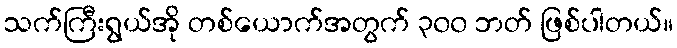
သက်ကြီးရွယ်အို တစ်ယောက်အတွက် ၃၀၀ ဘတ် ဖြစ်ပါတယ်။